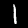
Label: 1